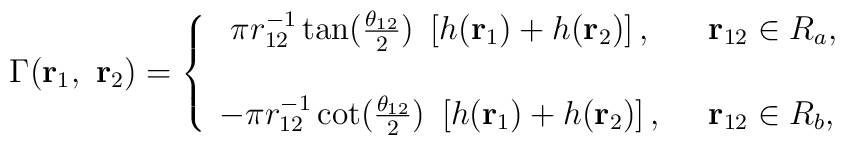
\Gamma({\bf r}_{1},~{\bf r}_{2})=\left\{\begin{array}{cl}\pi r_{12}^{-1}\tan(\frac{\theta_{12}}{2})~\left[h({\bf r}_{1})+h({\bf r}_{2})\right],&~~{\bf r}_{12}\in R_{a},\\[.22in]-\pi r_{12}^{-1}\cot(\frac{\theta_{12}}{2})~\left[h({\bf r}_{1})+h({\bf r}_{2})\right],&~~{\bf r}_{12}\in R_{b},\end{array}\right.